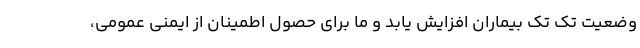
وضعیت تک تک بیماران افزایش یابد و ما برای حصول اطمینان از ایمنی عمومی،